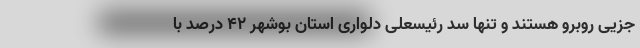
جزیی روبرو هستند و تنها سد رئیسعلی دلواری استان بوشهر ۴۲ درصد با